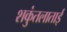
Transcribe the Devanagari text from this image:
शकुंतलाताई